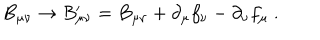
B _ { \mu \nu } \rightarrow B _ { \mu \nu } ^ { \prime } = B _ { \mu \nu } + \partial _ { \mu } f _ { \nu } - \partial _ { \nu } f _ { \mu } ~ .